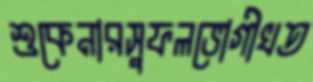
শুকেনারসুফলভোগীখত